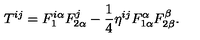
T ^ { i j } = F _ { 1 } ^ { i \alpha } F _ { 2 \alpha } ^ { j } - \frac 1 4 \eta ^ { i j } F _ { 1 \alpha } ^ { \alpha } F _ { 2 \beta } ^ { \beta } .